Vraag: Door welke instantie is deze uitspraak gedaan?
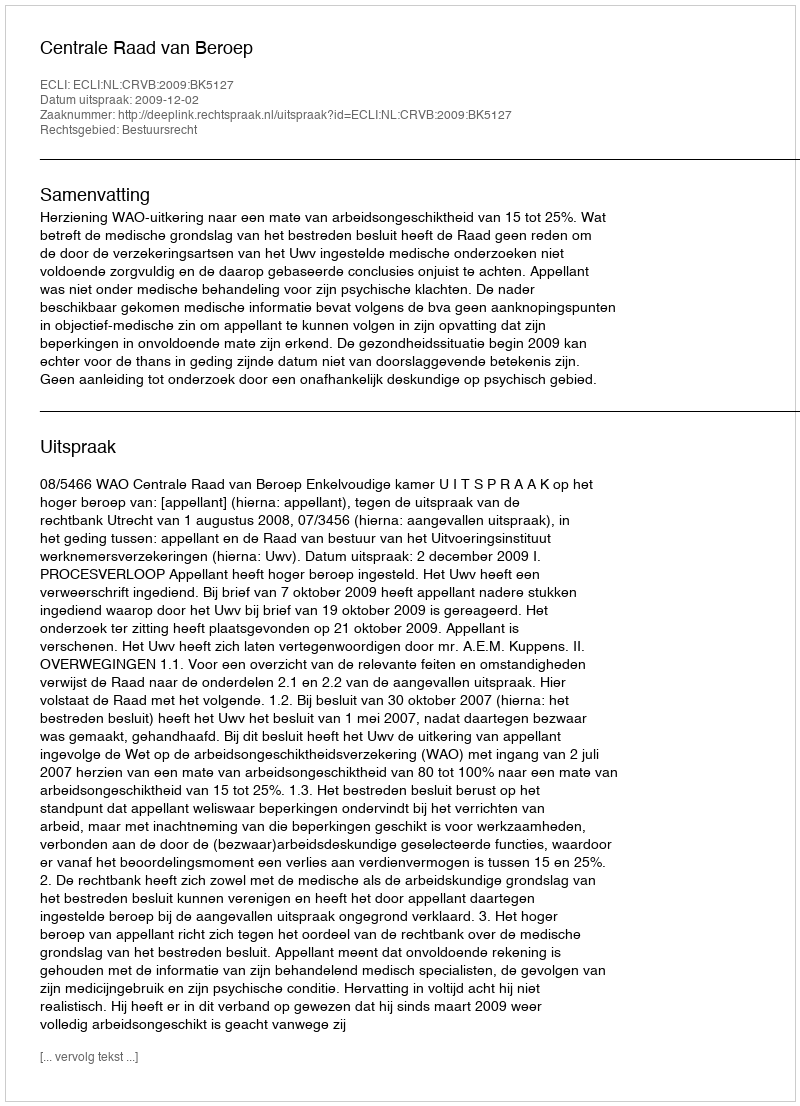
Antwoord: Centrale Raad van Beroep